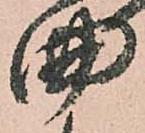
曲